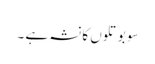
سو بوتلوں کا نشہ ہے ۔